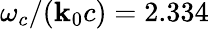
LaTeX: \omega_{c}/{\left(\mathbf{k}_{0}c\right)}=2.334